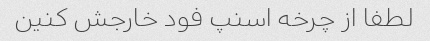
لطفا از چرخه اسنپ فود خارجش کنین